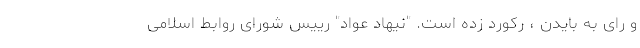
و رای به بایدن ، رکورد زده است. "نیهاد عواد" رییس شورای روابط اسلامی